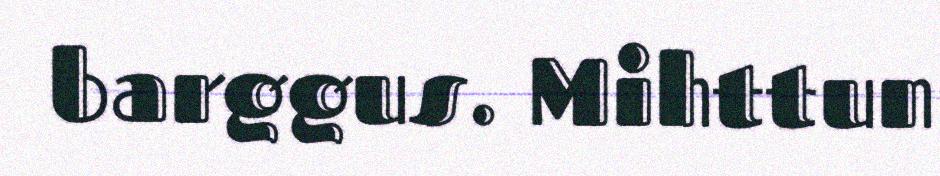
barggus. Mihttun